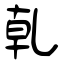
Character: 乹